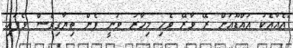
"އެއާއެކު އައްޑޫއަށް ރޭ ވާރޭ ވެހި މިހާރު ވަނީ ފެން ތިޔާގިވެސް ވެފައި.